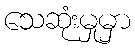
သေဆုံးမှုမှာ